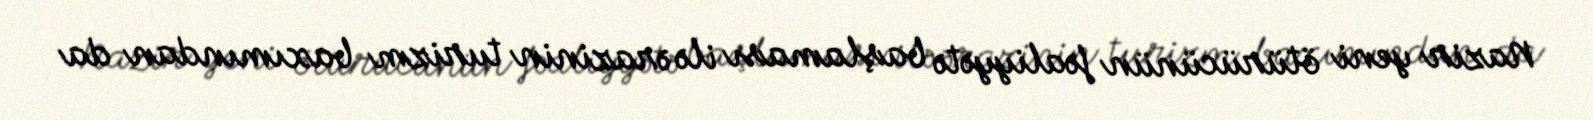
Nazir yeni ötürücünün fəaliyyətə başlaması ilə ərazinin turizm baxımından da